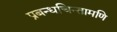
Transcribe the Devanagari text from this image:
प्रबन्धचिन्तामणि